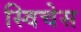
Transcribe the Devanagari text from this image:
स्विचेस